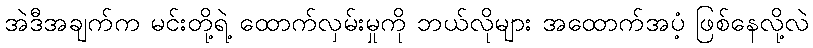
အဲဒီအချက်က မင်းတို့ရဲ့ ထောက်လှမ်းမှုကို ဘယ်လိုများ အထောက်အပံ့ ဖြစ်နေလို့လဲ